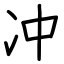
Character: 冲